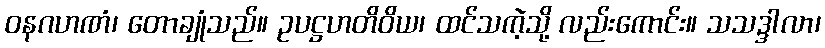
ဝနဂဟဏံ၊ တောချုံသည်။ ဥပဋ္ဌဟတိဝိယ၊ ထင်သကဲ့သို့ လည်းကောင်း။ သသဒ္ဒါလာ၊